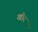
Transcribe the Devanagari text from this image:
खीर